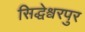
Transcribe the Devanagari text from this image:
सिद्धेश्वरपुर